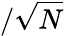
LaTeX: /\sqrt{N}